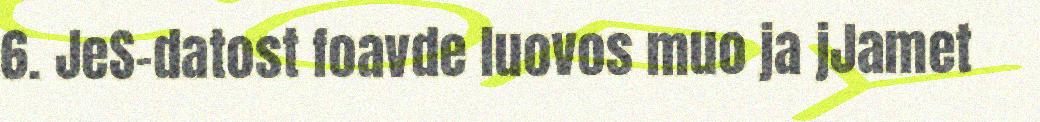
6. JeS-datost foavde luovos muo ja jJamet